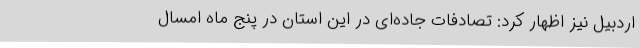
اردبیل نیز اظهار کرد: تصادفات جاده‌ای در این استان در پنج ماه امسال